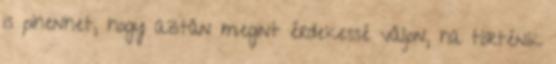
is pihenhet, hogy aztán megint érdekessé váljon, ha történik